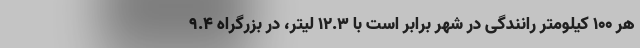
هر 100 کیلومتر رانندگی در شهر برابر است با 12.3 لیتر، در بزرگراه 9.4